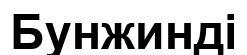
Бунжинді